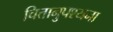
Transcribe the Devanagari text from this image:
चित्तानुपश्यना